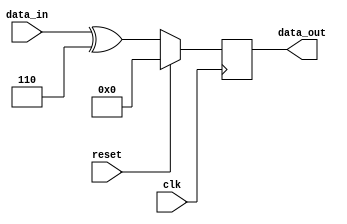
module synchronous_logic_block (
  input wire clk,
  input wire reset,
  input wire [3:0] data_in,
  output reg [3:0] data_out
);

always @ (posedge clk) begin
  if (reset) begin
    data_out <= 4'b0000; // Reset the output to 0
  end else begin
    // Perform operations on data_in and update data_out
    // For example, bitwise XOR operation:
    data_out <= data_in ^ 4'b0110;
  end
end

endmodule